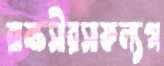
রাক্ষসীরসাফল্যগ